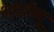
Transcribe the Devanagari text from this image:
भारतेंन्दु